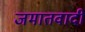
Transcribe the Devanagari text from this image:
जमातवादी